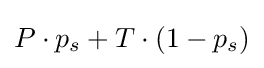
P\cdot p_{s}+T\cdot (1-p_{s})